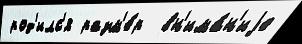
род'илс'я разм'е́р  вн'има́н'иjе